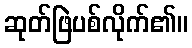
ဆုတ်ဖြဲပစ်လိုက်၏။